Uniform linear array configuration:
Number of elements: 12
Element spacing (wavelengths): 0.25
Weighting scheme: binomial
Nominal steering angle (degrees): -60
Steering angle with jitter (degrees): -58.104
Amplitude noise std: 0.05
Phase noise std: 0.05

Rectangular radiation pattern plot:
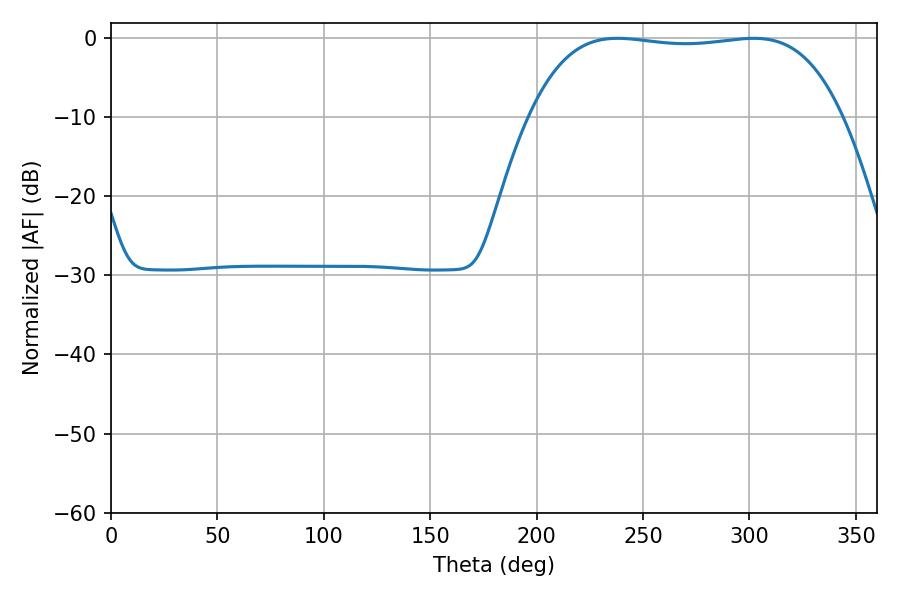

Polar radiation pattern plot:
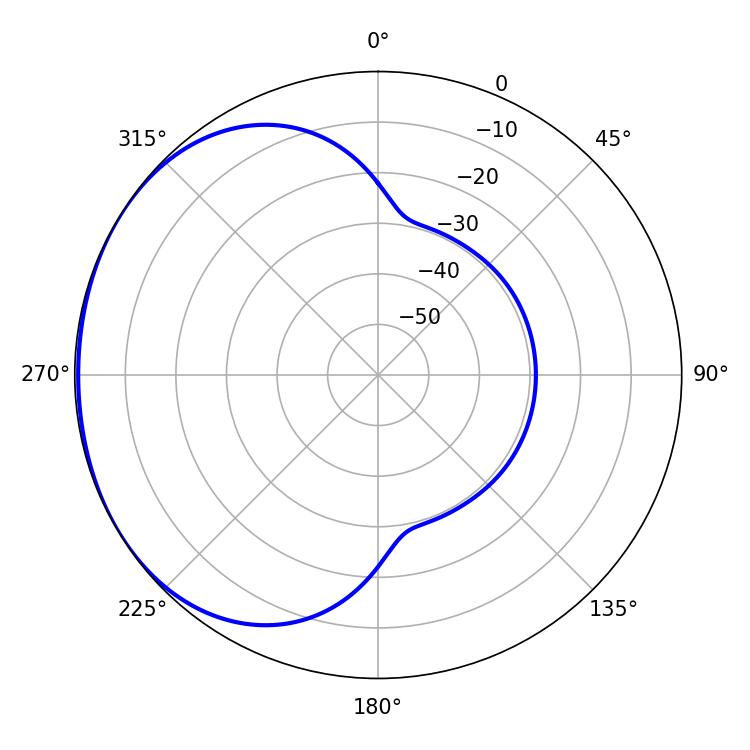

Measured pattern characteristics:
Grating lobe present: FALSE
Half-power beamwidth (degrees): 115.92
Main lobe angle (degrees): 237.96